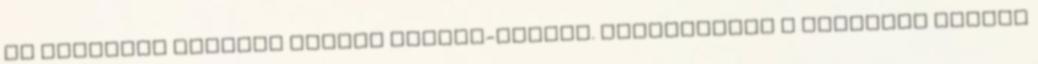
is használt azonnal oldódó kálium-trágya. Kísérőeleme a nitrogén nitrát